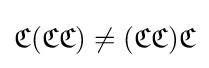
{\mathfrak {C}}({\mathfrak {C}}{\mathfrak {C}})\not =({\mathfrak {C}}{\mathfrak {C}}){\mathfrak {C}}